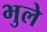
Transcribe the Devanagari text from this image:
भुले